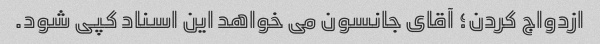
ازدواج کردن؛ آقای جانسون می خواهد این اسناد کپی شود.